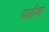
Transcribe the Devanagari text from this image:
वातीचा